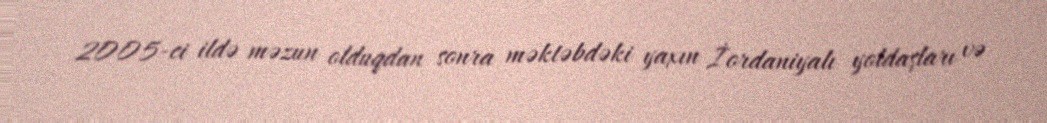
2005-ci ildə məzun olduqdan sonra məktəbdəki yaxın İordaniyalı yoldaşları və